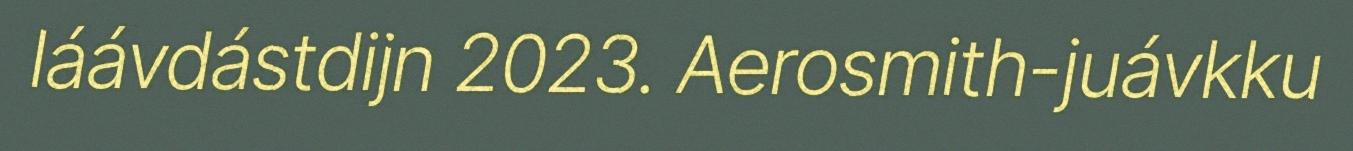
láávdástdijn 2023. Aerosmith-juávkku